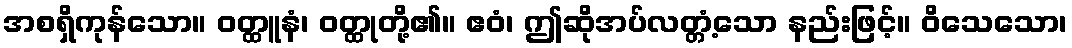
အစရှိကုန်သော။ ဝတ္ထူနံ၊ ဝတ္ထုတို့၏။ ဧဝံ၊ ဤဆိုအပ်လတ္တံ့သော နည်းဖြင့်။ ဝိသေသော၊